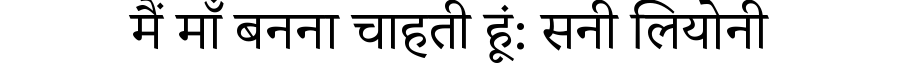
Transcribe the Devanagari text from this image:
मैं माँ बनना चाहती हूं: सनी लियोनी